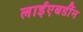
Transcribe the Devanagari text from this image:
लाईएबर्डीन